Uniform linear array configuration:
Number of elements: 8
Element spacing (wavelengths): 1
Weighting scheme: kaiser
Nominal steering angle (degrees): -15
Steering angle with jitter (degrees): -16.743
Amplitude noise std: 0.05
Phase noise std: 0.05

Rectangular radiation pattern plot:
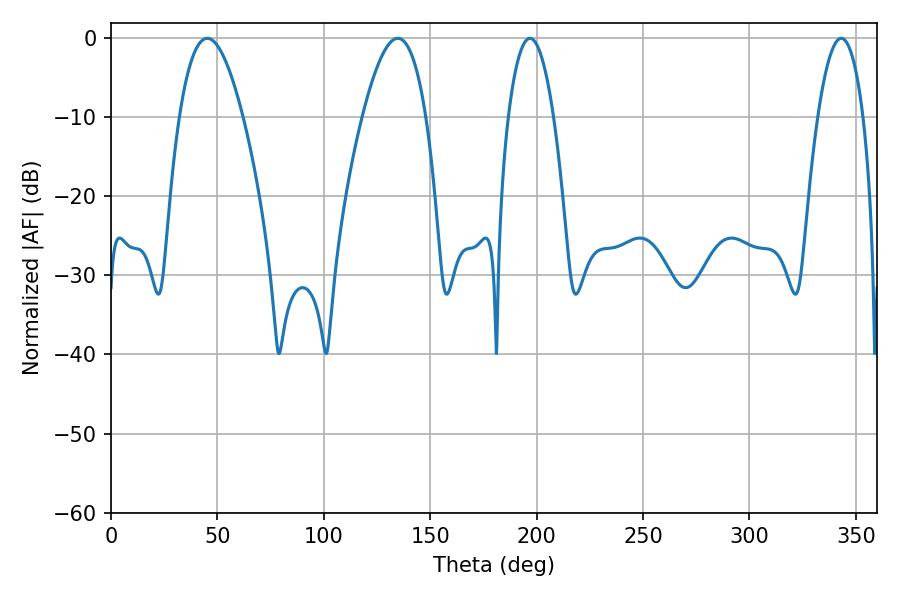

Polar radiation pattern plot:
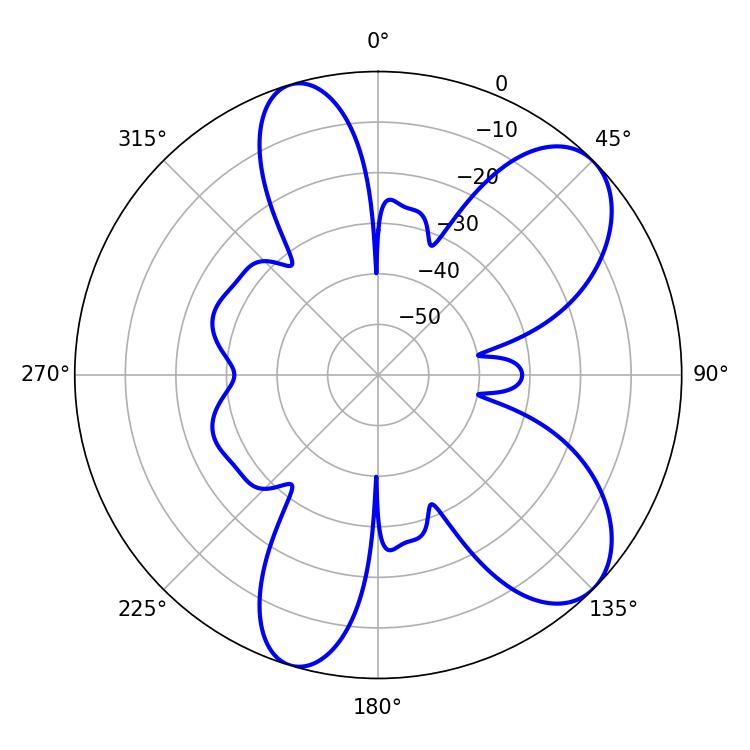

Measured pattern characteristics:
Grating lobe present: TRUE
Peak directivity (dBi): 8.126
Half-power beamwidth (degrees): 16.38
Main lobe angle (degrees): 45.18